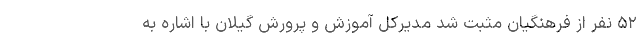
۵۲ نفر از فرهنگیان مثبت شد مدیرکل آموزش و پرورش گیلان با اشاره به